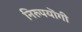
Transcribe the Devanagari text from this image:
निरुपयॊगी